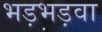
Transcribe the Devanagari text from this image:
भड़भड़वा